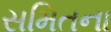
સમિતના